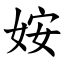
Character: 姲